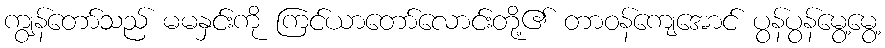
ကျွန်တော်သည် မမနှင်းကို ကြင်ယာတော်လောင်းတို့၏ တာဝန်ကျေအောင် ပွန်ပွန်မွေ့မွေ့